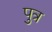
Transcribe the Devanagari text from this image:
पुत्र